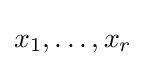
x_{1},\dots ,x_{r}